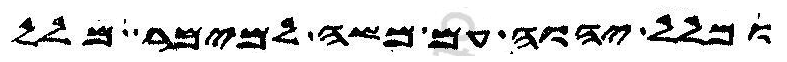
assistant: ומלל יהוה עם משה למימר מלל